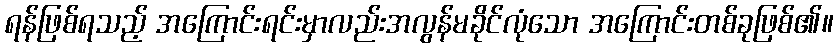
ရန်ဖြစ်ရသည့် အကြောင်းရင်းမှာလည်းအလွန်မခိုင်လုံသော အကြောင်းတစ်ခုဖြစ်၏။